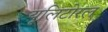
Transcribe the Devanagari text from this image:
यूलिटोरल